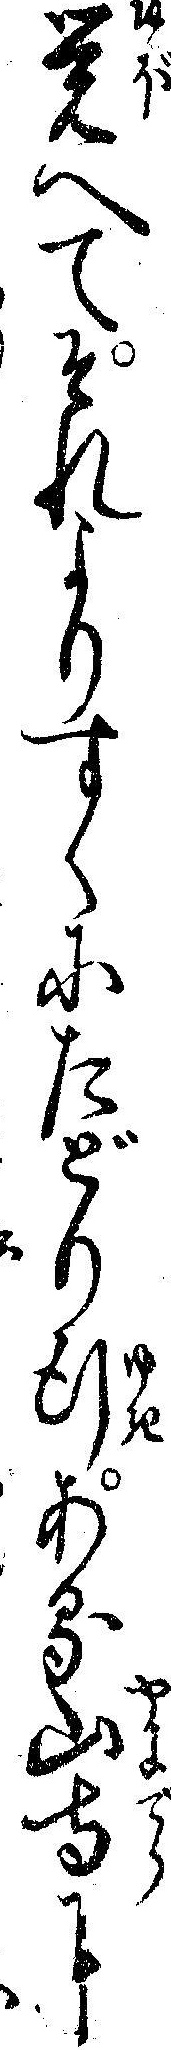
覚へてそれよりすくにたどり行ある山寺に